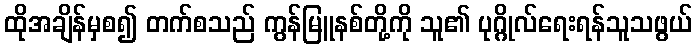
ထိုအချိန်မှစ၍ တက်စသည် ကွန်မြူနစ်တို့ကို သူ၏ ပုဂ္ဂိုလ်ရေးရန်သူသဖွယ်